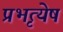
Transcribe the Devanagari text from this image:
प्रभृत्येष